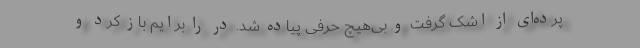
پرده‌ای از اشک گرفت و بی‌هیچ حرفی پیاده شد. در را برایم باز کرد و